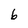
Character: 6